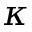
\kappa